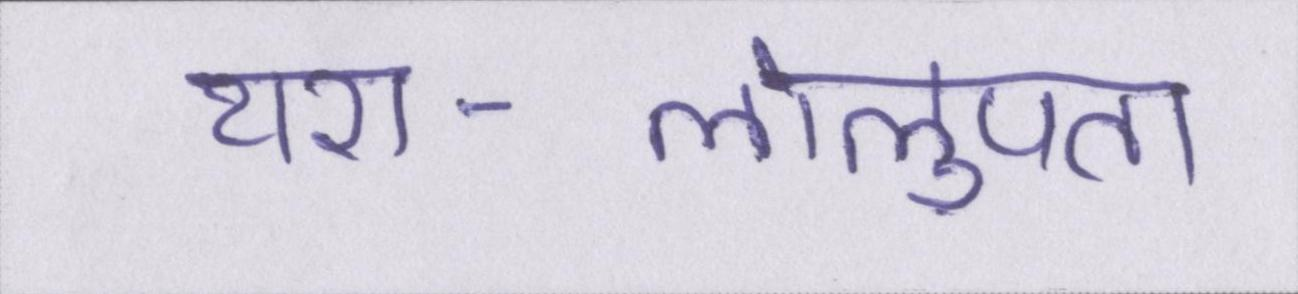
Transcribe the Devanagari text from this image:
यश-लोलुपता